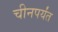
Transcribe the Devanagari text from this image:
चीनपर्यंत